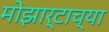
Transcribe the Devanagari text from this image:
मोझार्टाच्या